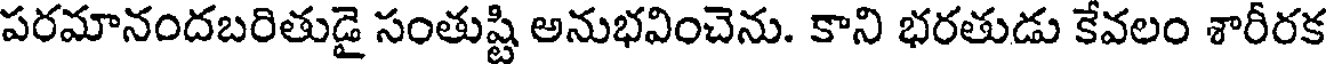
పరమానందబరితుడై సంతుష్టి అనుభవించెను. కాని భరతుడు కేవలం శారీరక